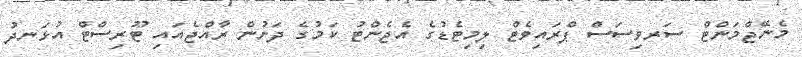
މެނޭޖްމަންޓް ސަރވިސަސް ޕްރައިވެޓް ލިމިޓެޑުގެ އެޖެންޓު ކަމުގެ ދަށުން ރާއްޖެއައި ޓޫރިސްޓް އުޅަނދު